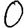
Digit: 0